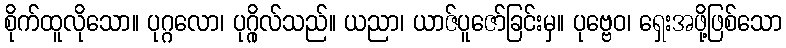
စိုက်ထူလိုသော။ ပုဂ္ဂလော၊ ပုဂ္ဂိုလ်သည်။ ယညာ၊ ယာဇ်ပူဇော်ခြင်းမှ။ ပုဗ္ဗေဝ၊ ရှေးအဖို့ဖြစ်သော